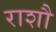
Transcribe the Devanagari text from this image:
राशौ